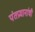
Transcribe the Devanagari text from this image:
पंतप्रधानांची